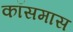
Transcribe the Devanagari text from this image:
कॉसमास